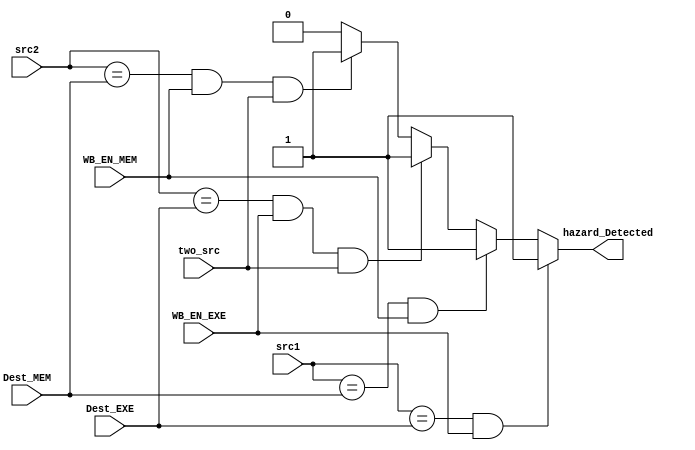
module Hazard_Detection (
    input two_src,
    input [3:0] src1, src2,
    input [3:0] Dest_EXE, Dest_MEM,
    input WB_EN_EXE, WB_EN_MEM,
    output hazard_Detected
);
    assign hazard_Detected = ((src1 == Dest_EXE) && (WB_EN_EXE == 1'b1)) ? 1'b1
            : ((src1 == Dest_MEM) && (WB_EN_MEM == 1'b1)) ? 1'b1
            : ((src2 == Dest_EXE) && (WB_EN_EXE == 1'b1) && (two_src == 1'b1)) ? 1'b1
            : ((src2 == Dest_MEM) && (WB_EN_MEM == 1'b1) && (two_src == 1'b1)) ? 1'b1
            : 1'b0;

endmodule